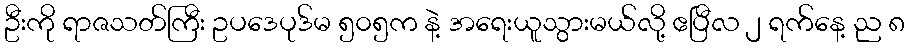
ဦးကို ရာဇသတ်ကြီး ဥပဒေပုဒ်မ ၅၀၅က နဲ့ အရေးယူသွားမယ်လို့ ဧပြီလ ၂ ရက်နေ့ ည ၈